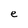
Character: e